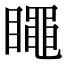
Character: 𥋝